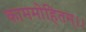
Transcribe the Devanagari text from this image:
काममोहितम्।।